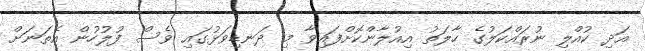
އަދި ކުއްލި ނުރައްކަލުގެ ހާލަތު އިއުލާންކޮށްފައިވާ މި ދަނޑިވަޅުގައި ވެސް ފުލުހުން އެތަނަށް